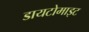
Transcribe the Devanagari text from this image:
डायटोमाइट